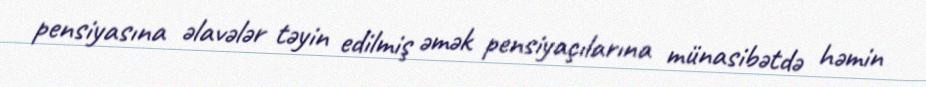
pensiyasına əlavələr təyin edilmiş əmək pensiyaçılarına münasibətdə həmin